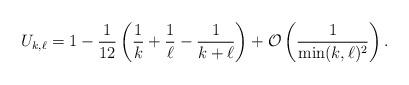
LaTeX: \begin{align*}U_{k, \ell} =1-\frac{1}{12}\left(\frac{1}{k}+\frac{1}{\ell}-\frac{1}{k+\ell}\right)+\mathcal{O}\left(\frac{1}{\min(k, \ell)^2}\right).\end{align*}